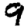
Digit: 9